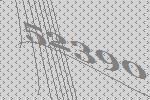
52390